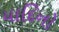
યાદિનો